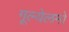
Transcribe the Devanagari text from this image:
गूल्येलमो